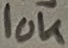
Text: 10K